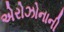
એરોઝોનાની